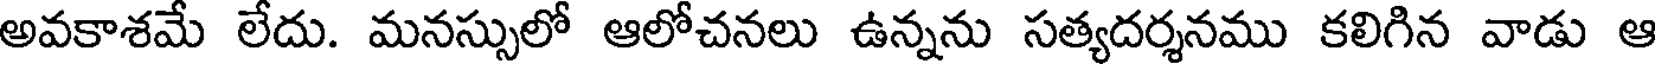
అవకాశమే లేదు. మనస్సులో ఆలోచనలు ఉన్నను సత్యదర్శనము కలిగిన వాడు ఆ